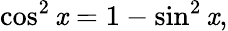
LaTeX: \cos^{2}\mathit{x}=1-\sin^{2}\mathit{x},